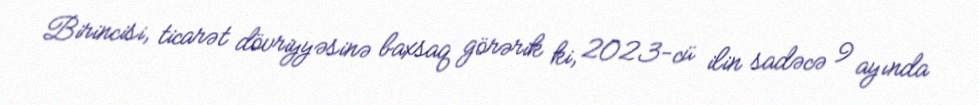
Birincisi, ticarət dövriyyəsinə baxsaq görərik ki, 2023-cü ilin sadəcə 9 ayında